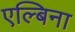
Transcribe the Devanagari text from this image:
एल्बिना